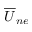
{ \overline { { U } } } _ { n e }